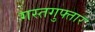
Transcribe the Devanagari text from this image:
गस्तगुफ्तार